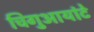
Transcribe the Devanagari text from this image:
चिगुआयांटे